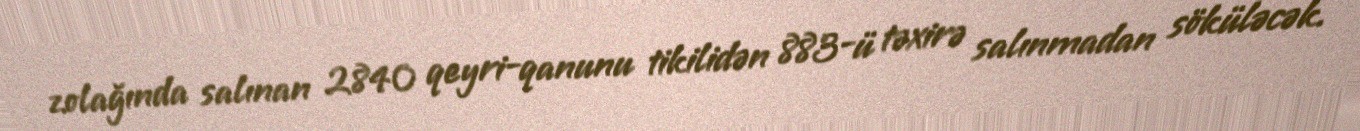
zolağında salınan 2840 qeyri-qanunu tikilidən 883-ü təxirə salınmadan söküləcək.